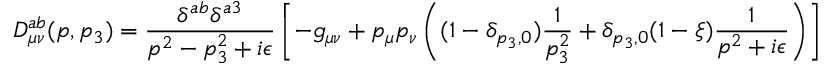
D _ { \mu \nu } ^ { a b } ( p , p _ { 3 } ) = \frac { \delta ^ { a b } \delta ^ { a 3 } } { p ^ { 2 } - p _ { 3 } ^ { 2 } + i \epsilon } \left[ - g _ { \mu \nu } + p _ { \mu } p _ { \nu } \left( ( 1 - \delta _ { p _ { 3 } , 0 } ) \frac { 1 } { p _ { 3 } ^ { 2 } } + \delta _ { p _ { 3 } , 0 } ( 1 - \xi ) \frac { 1 } { p ^ { 2 } + i \epsilon } \right) \right]